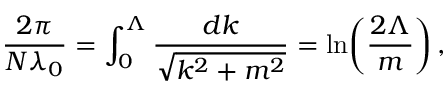
\frac { 2 \pi } { N \lambda _ { 0 } } = \int _ { 0 } ^ { \Lambda } \frac { d k } { \sqrt { k ^ { 2 } + m ^ { 2 } } } = \ln \! \left( \frac { 2 \Lambda } { m } \right) ,